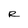
Character: R